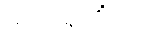
အဘိရုဟိံသု